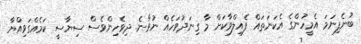
ބުނެފިނަމަ އެމީހުންގެ އެކަނަތައް ފެއިލްވާކަށް މާ ގިނަދުވަހެއް ނުވާނެ. ދިވެހިންވެސް ސިޔާސީ ކަމެއްގަވިއްޔާ